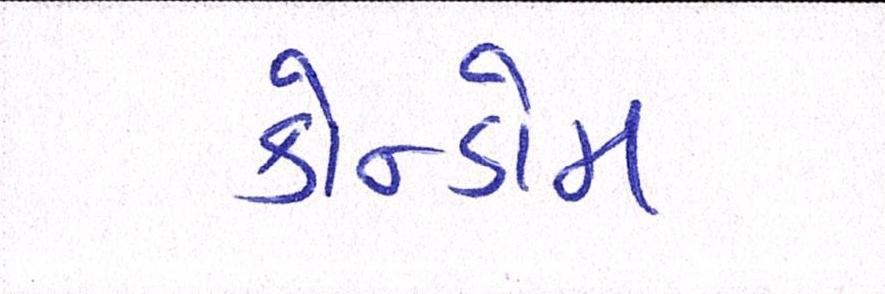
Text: કોન્ડોમ